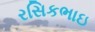
રસિકભાઇ